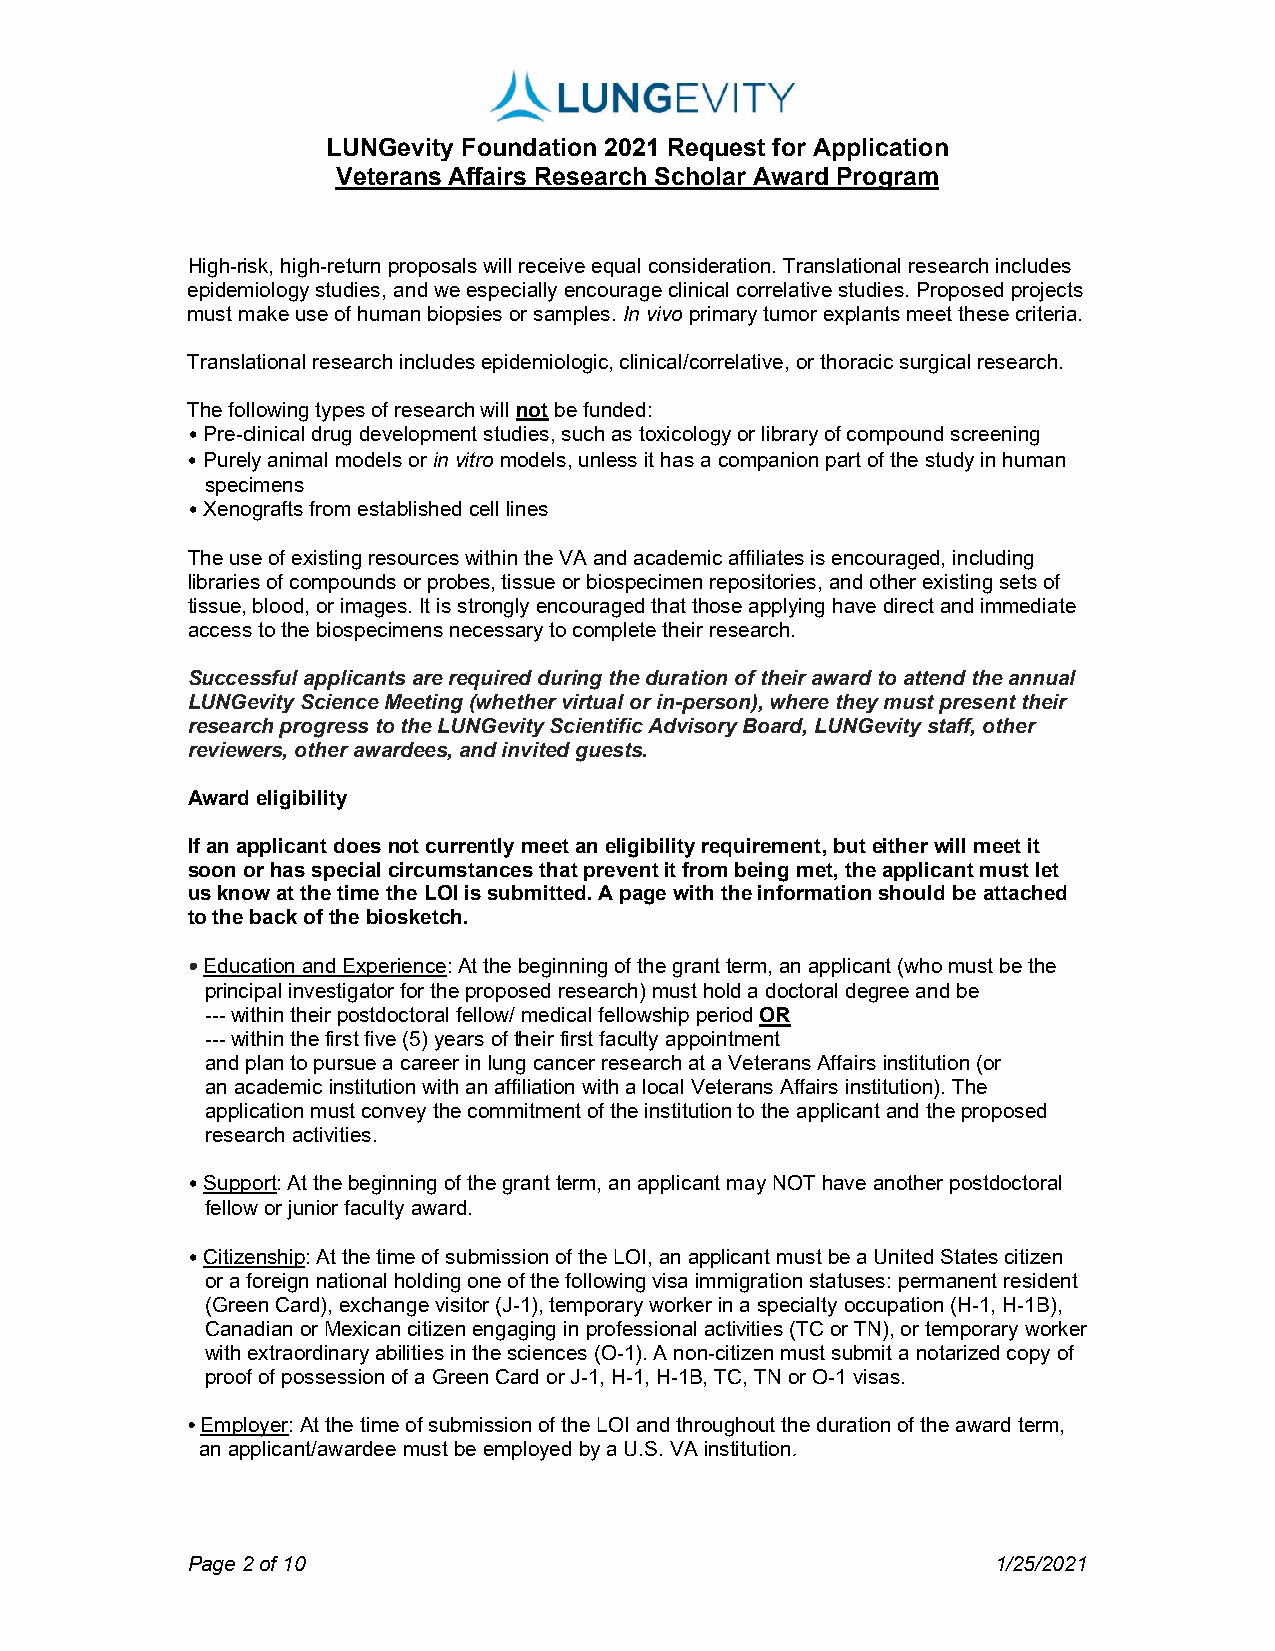
LUNGevity Foundation 2021 Request for Application
 Veterans Affairs Research Scholar Award Program
 High-risk, high-return proposals will receive equal consideration. Translational research includes
 epidemiology studies, and we especially encourage clinical correlative studies. Proposed projects
 must make use of human biopsies or samples. In vivo primary tumor explants meet these criteria.
 Translational research includes epidemiologic, clinical/correlative, or thoracic surgical research.
 The following types of research will not be funded:
 • Pre-clinical drug development studies, such as toxicology or library of compound screening
 • Purely animal models or in vitro models, unless it has a companion part of the study in human
 specimens
 • Xenografts from established cell lines
 The use of existing resources within the VA and academic affiliates is encouraged, including
 libraries of compounds or probes, tissue or biospecimen repositories, and other existing sets of
 tissue, blood, or images. It is strongly encouraged that those applying have direct and immediate
 access to the biospecimens necessary to complete their research.
 Successful applicants are required during the duration of their award to attend the annual
 LUNGevity Science Meeting (whether virtual or in-person), where they must present their
 research progress to the LUNGevity Scientific Advisory Board, LUNGevity staff, other
 reviewers, other awardees, and invited guests.
 Award eligibility
 If an applicant does not currently meet an eligibility requirement, but either will meet it
 soon or has special circumstances that prevent it from being met, the applicant must let
 us know at the time the LOI is submitted. A page with the information should be attached
 to the back of the biosketch.
 • Education and Experience: At the beginning of the grant term, an applicant (who must be the
 principal investigator for the proposed research) must hold a doctoral degree and be
 --- within their postdoctoral fellow/ medical fellowship period OR
 --- within the first five (5) years of their first faculty appointment
 and plan to pursue a career in lung cancer research at a Veterans Affairs institution (or
 an academic institution with an affiliation with a local Veterans Affairs institution). The
 application must convey the commitment of the institution to the applicant and the proposed
 research activities.
 • Support: At the beginning of the grant term, an applicant may NOT have another postdoctoral
 fellow or junior faculty award.
 • Citizenship: At the time of submission of the LOI, an applicant must be a United States citizen
 or a foreign national holding one of the following visa immigration statuses: permanent resident
 (Green Card), exchange visitor (J-1), temporary worker in a specialty occupation (H-1, H-1B),
 Canadian or Mexican citizen engaging in professional activities (TC or TN), or temporary worker
 with extraordinary abilities in the sciences (O-1). A non-citizen must submit a notarized copy of
 proof of possession of a Green Card or J-1, H-1, H-1B, TC, TN or O-1 visas.
 • Employer: At the time of submission of the LOI and throughout the duration of the award term,
 an applicant/awardee must be employed by a U.S. VA institution.
 Page 2 of 10                                          1/25/2021